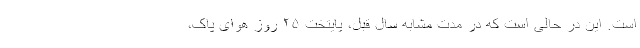
است. این در حالی است که در مدت مشابه سال قبل، پایتخت ۲۵ روز هوای پاک،